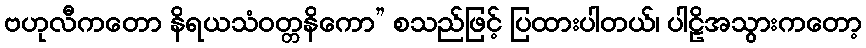
ဗဟုလီကတော နိရယသံဝတ္တနိကော” စသည်ဖြင့် ပြထားပါတယ်၊ ပါဠိအသွားကတော့